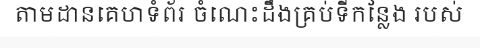
តាមដានគេហទំព័រ ចំណេះដឹងគ្រប់ទីកន្លែង របស់